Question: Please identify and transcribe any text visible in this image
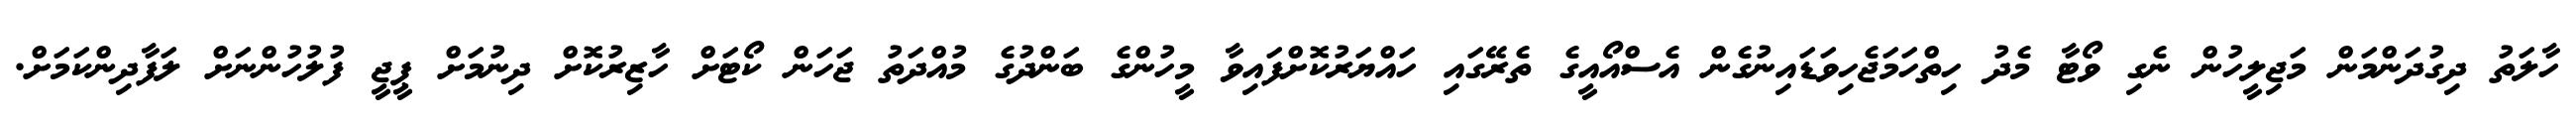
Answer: ހާލަތު ދިގުދަންމަން މަޖިލީހުން ނެގި ވޯޓާ މެދު ހިތްހަމަޖެހިވަޑައިނުގެން އެސްއޯއީގެ ތެރޭގައި ހައްޔަރުކޮށްފައިވާ މީހުންގެ ބަންދުގެ މުއްދަތު ޖަހަން ކޯޓަށް ހާޒިރުކޮށް ދިނުމަށް ޕީޖީ ފުލުހުންނަށް ލަފާދިންކަމަށް.